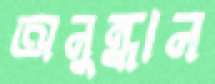
অনুন্ধান